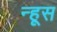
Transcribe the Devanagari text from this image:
न्हूस